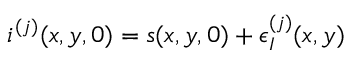
i ^ { ( j ) } ( x , y , 0 ) = s ( x , y , 0 ) + \epsilon _ { I } ^ { ( j ) } ( x , y )